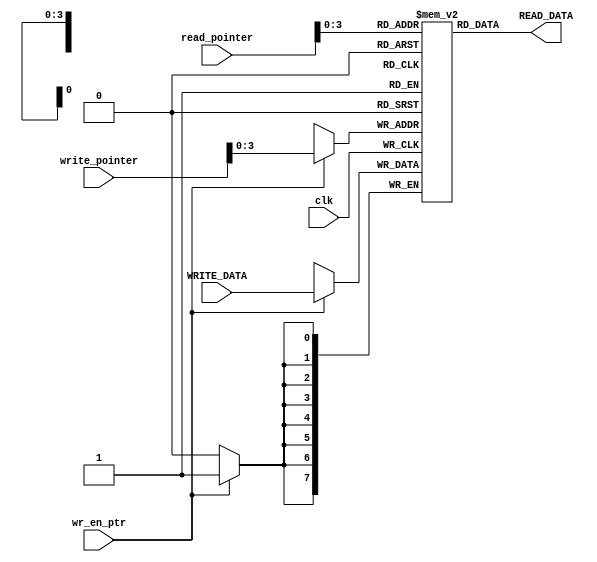
module MEMORY #(
parameter w_address = 4,
parameter w_data = 8,
parameter L_fifo = 16) (
    input clk,
    input wr_en_ptr,
    input [w_address:0] read_pointer,
    input [w_address:0] write_pointer,
    input [w_data-1:0] WRITE_DATA,

    output [w_data-1:0] READ_DATA
);

reg [w_data-1:0] Memory [0:L_fifo-1];

always @(posedge clk) begin
    if(wr_en_ptr) begin
        Memory[write_pointer[w_address-1:0]] <= WRITE_DATA;
    end
end

assign READ_DATA = Memory[read_pointer[w_address-1:0]];
endmodule